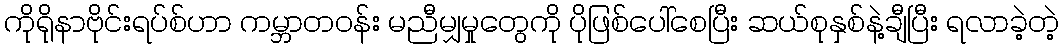
ကိုရိုနာဗိုင်းရပ်စ်ဟာ ကမ္ဘာတဝန်း မညီမျှမှုတွေကို ပိုဖြစ်ပေါ်စေပြီး ဆယ်စုနှစ်နဲ့ချီပြီး ရလာခဲ့တဲ့